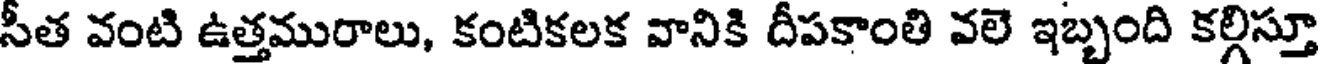
సీత వంటి ఉత్తమురాలు, కంటికలక వానికి దీపకాంతి వలె ఇబ్బంది కల్గిస్తూ